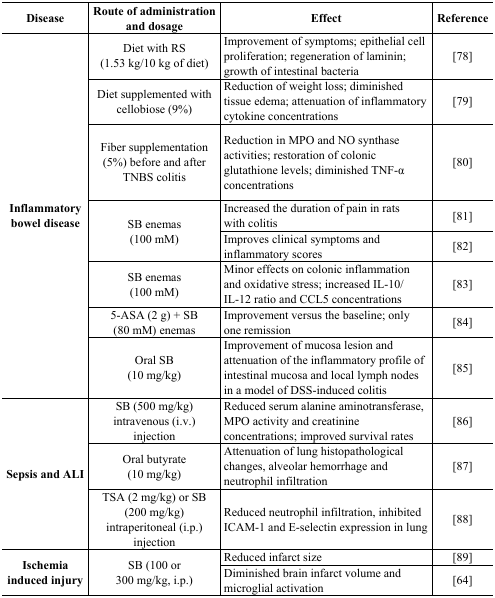
<table><thead><tr><td><b>Disease</b></td><td><b>Route of administration and dosage</b></td><td><b>Effect</b></td><td><b>Reference</b></td></tr></thead><tbody><tr><td rowspan="8"><b>Inflammatory bowel disease</b></td><td>Diet with RS (1.53 kg/10 kg of diet)</td><td>Improvement of symptoms; epithelial cell proliferation; regeneration of laminin; growth of intestinal bacteria</td><td>[78]</td></tr><tr><td>Diet supplemented with cellobiose (9%)</td><td>Reduction of weight loss; diminished tissue edema; attenuation of inflammatory cytokine concentrations</td><td>[79]</td></tr><tr><td>Fiber supplementation (5%) before and after TNBS colitis </td><td>Reduction in MPO and NO synthase activities; restoration of colonic glutathione levels; diminished TNF-α concentrations</td><td>[80]</td></tr><tr><td rowspan="2">SB enemas (100 mM)</td><td>Increased the duration of pain in rats with colitis</td><td>[81]</td></tr><tr><td>Improves clinical symptoms and inflammatory scores</td><td>[82]</td></tr><tr><td>SB enemas (100 mM)</td><td>Minor effects on colonic inflammation and oxidative stress; increased IL-10/IL-12 ratio and CCL5 concentrations</td><td>[83]</td></tr><tr><td>5-ASA (2 g) + SB (80 mM) enemas </td><td>Improvement versus the baseline; only one remission</td><td>[84]</td></tr><tr><td>Oral SB (10 mg/kg)</td><td>Improvement of mucosa lesion and attenuation of the inflammatory profile of intestinal mucosa and local lymph nodes in a model of DSS-induced colitis</td><td>[85]</td></tr><tr><td rowspan="3"><b>Sepsis and ALI</b></td><td>SB (500 mg/kg) intravenous (i.v.) injection</td><td>Reduced serum alanine aminotransferase, MPO activity and creatinine concentrations; improved survival rates</td><td>[86]</td></tr><tr><td>Oral butyrate (10 mg/kg)</td><td>Attenuation of lung histopathological changes, alveolar hemorrhage and neutrophil infiltration</td><td>[87]</td></tr><tr><td>TSA (2 mg/kg) or SB (200 mg/kg) intraperitoneal (i.p.) injection</td><td>Reduced neutrophil infiltration, inhibited ICAM-1 and E-selectin expression in lung</td><td>[88]</td></tr><tr><td rowspan="2"><b>Ischemia induced injury</b></td><td rowspan="2">SB (100 or 300 mg/kg, i.p.)</td><td>Reduced infarct size</td><td>[89]</td></tr><tr><td>Diminished brain infarct volume and microglial activation</td><td>[64]</td></tr></tbody></table>